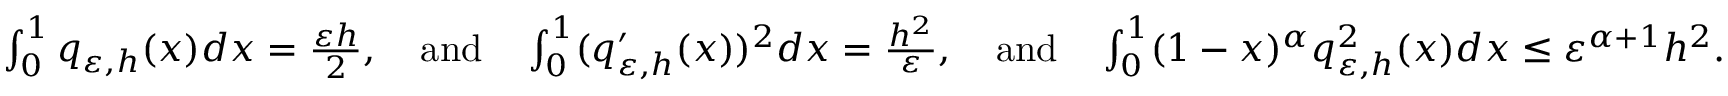
\begin{array} { r } { \int _ { 0 } ^ { 1 } q _ { \varepsilon , h } ( x ) d x = \frac { \varepsilon h } { 2 } , \quad \mathrm { a n d } \quad \int _ { 0 } ^ { 1 } ( q _ { \varepsilon , h } ^ { \prime } ( x ) ) ^ { 2 } d x = \frac { h ^ { 2 } } { \varepsilon } , \quad \mathrm { a n d } \quad \int _ { 0 } ^ { 1 } ( 1 - x ) ^ { \alpha } q _ { \varepsilon , h } ^ { 2 } ( x ) d x \leq \varepsilon ^ { \alpha + 1 } h ^ { 2 } . } \end{array}